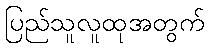
ပြည်သူလူထုအတွက်